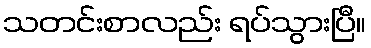
သတင်းစာလည်း ရပ်သွားပြီ။